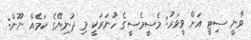
ވާނީ ސިޓީ އަށް ވީވަރު: މެސީމެސީގެ ހުނަރަކީ މި ދުނިޔޭގެ ކަމެއް ނޫން: